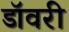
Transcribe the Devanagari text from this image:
डॉवरी